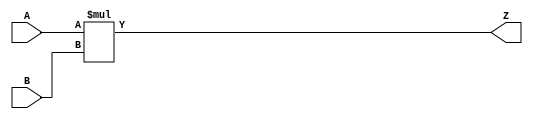
// This program was cloned from: https://github.com/chipsalliance/yosys-f4pga-plugins
// License: Apache License 2.0

// Copyright 2020-2022 F4PGA Authors
//
// Licensed under the Apache License, Version 2.0 (the "License");
// you may not use this file except in compliance with the License.
// You may obtain a copy of the License at
//
//     http://www.apache.org/licenses/LICENSE-2.0
//
// Unless required by applicable law or agreed to in writing, software
// distributed under the License is distributed on an "AS IS" BASIS,
// WITHOUT WARRANTIES OR CONDITIONS OF ANY KIND, either express or implied.
// See the License for the specific language governing permissions and
// limitations under the License.
//
// SPDX-License-Identifier: Apache-2.0

module dsp_mult (
    input  wire [19:0] A,
    input  wire [17:0] B,
    output wire [37:0] Z
);

    assign Z = A * B;

endmodule